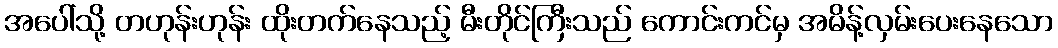
အပေါ်သို့ တဟုန်းဟုန်း ထိုးတက်နေသည့် မီးတိုင်ကြီးသည် ကောင်းကင်မှ အမိန့်လှမ်းပေးနေသော